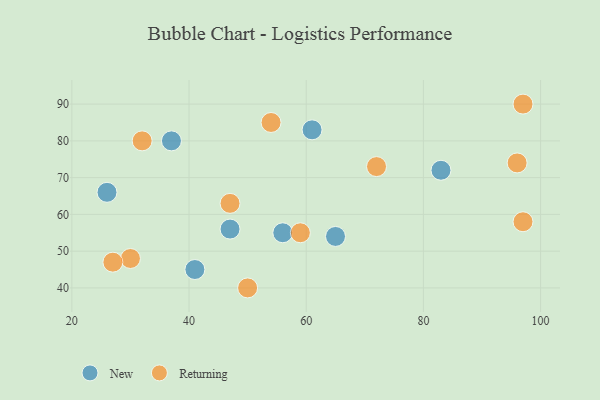
{"axis": {"x": "GDP", "y": "Life Expectancy"}, "legend": ["New", "Returning"], "data": [{"x": "56", "y": 55, "type": "New"}, {"x": "83", "y": 72, "type": "New"}, {"x": "41", "y": 45, "type": "New"}, {"x": "47", "y": 56, "type": "New"}, {"x": "37", "y": 80, "type": "New"}, {"x": "26", "y": 66, "type": "New"}, {"x": "65", "y": 54, "type": "New"}, {"x": "61", "y": 83, "type": "New"}, {"x": "50", "y": 40, "type": "Returning"}, {"x": "30", "y": 48, "type": "Returning"}, {"x": "32", "y": 80, "type": "Returning"}, {"x": "97", "y": 90, "type": "Returning"}, {"x": "47", "y": 63, "type": "Returning"}, {"x": "96", "y": 74, "type": "Returning"}, {"x": "72", "y": 73, "type": "Returning"}, {"x": "54", "y": 85, "type": "Returning"}, {"x": "59", "y": 55, "type": "Returning"}, {"x": "97", "y": 58, "type": "Returning"}, {"x": "27", "y": 47, "type": "Returning"}]}